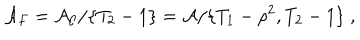
{ \cal A } _ { F } = { \cal A _ { C } } / \{ T _ { 2 } - 1 \} = { \cal A } / \{ T _ { 1 } - \rho ^ { 2 } , T _ { 2 } - 1 \} \; ,